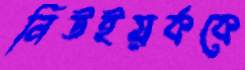
নিউইয়র্ককে